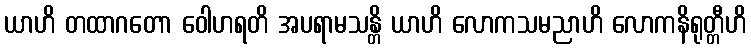
ယာဟိ တထာဂတော ဝေါဟရတိ အပရာမသန္တိ ယာဟိ လောကသမညာဟိ လောကနိရုတ္တီဟိ